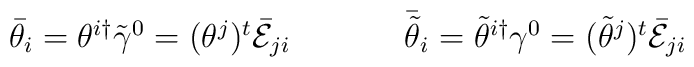
\begin{array}{cc}\bar{\theta}_{i}=\theta^{i\dagger}\tilde{\gamma}^{0}=(\theta^{j})^{t}\bar{\cal E}_{ji}~~~~&~~~~\bar{\tilde{\theta}}_{i}=\tilde{\theta}^{i\dagger}\gamma^{0}=(\tilde{\theta}^{j})^{t}\bar{\cal E}_{ji}\end{array}